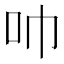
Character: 𫩒